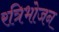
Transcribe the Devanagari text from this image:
रत्रिभोजन